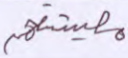
معيشتهم